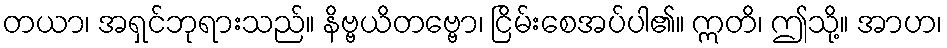
တယာ၊ အရှင်ဘုရားသည်။ နိဗ္ဗယိတဗ္ဗော၊ ငြိမ်းစေအပ်ပါ၏။ ဣတိ၊ ဤသို့။ အာဟ၊